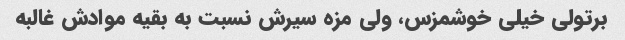
برتولی خیلی خوشمزس، ولی مزه سیرش نسبت به بقیه موادش غالبه